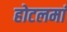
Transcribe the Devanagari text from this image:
होटलमां